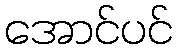
အောင်ပင်